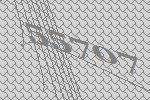
55707